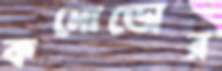
কমোডোর